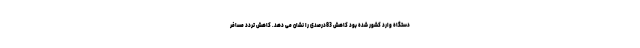
دستگاه وارد کشور شده بود کاهش 83درصدی را نشان می دهد. کاهش تردد مسافر